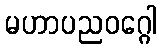
မဟာပညဝဂ္ဂေါ